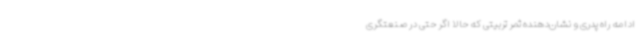
ادامه راه پدری و نشان‌دهنده ثمر تربیتی که حالا اگر حتی در صنعتگری